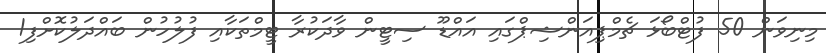
މިނިވަން 50 ފުޓްބޯޅަ ޗެމްޕިއަންޝިޕްގައި އައްޑޫ ސިޓީން ވާދަކުރާ ޓީމްތަކާއި ފުލުހުން ބައްދަލުކޮށްފި1